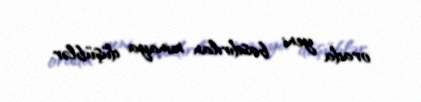
orada yeni basdırılan minaya düşüblər.